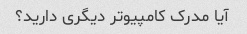
آیا مدرک کامپیوتر دیگری دارید؟